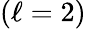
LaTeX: (\ell=2)